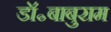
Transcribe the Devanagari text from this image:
डॉ॰बाबुराम